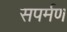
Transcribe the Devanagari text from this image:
सपर्मण